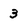
Character: 3